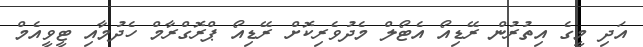
އަދި މީގެ އިތުރުން ރޭޑިއޯ އެޓޯލް މެދުވެރިކޮށް ރޭޑިއޯ ޕްރޮގްރާމް ހެދުމާއި ޓީވީއެމް